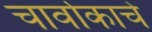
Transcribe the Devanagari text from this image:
चार्वाकाचे